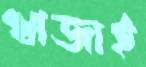
খাজাই